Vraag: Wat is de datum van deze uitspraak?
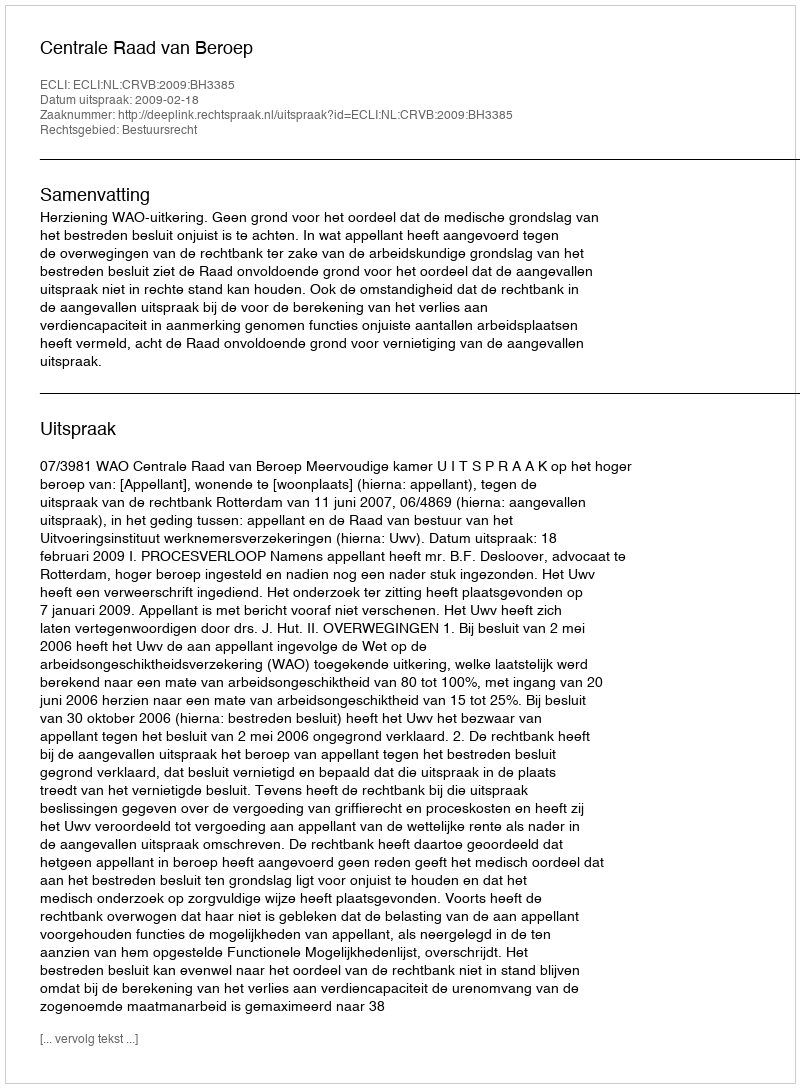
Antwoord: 2009-02-18